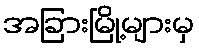
အခြားမြို့များမှ